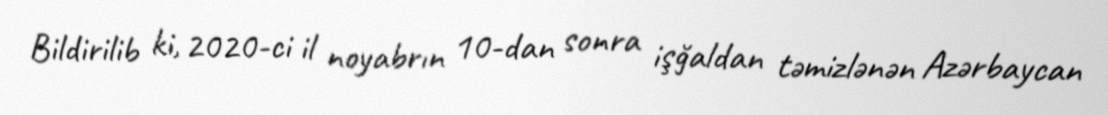
Bildirilib ki, 2020-ci il noyabrın 10-dan sonra işğaldan təmizlənən Azərbaycan